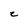
Character: C